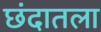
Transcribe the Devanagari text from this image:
छंदातला